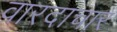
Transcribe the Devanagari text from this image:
वारदाचार